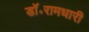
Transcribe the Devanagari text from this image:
डॉ॰रामधारी